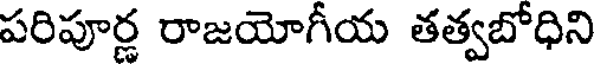
పరిపూర్ణ రాజయోగీయ తత్వబోధిని